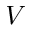
{ V }